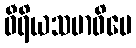
ဝီရိယသမာဓိပေ